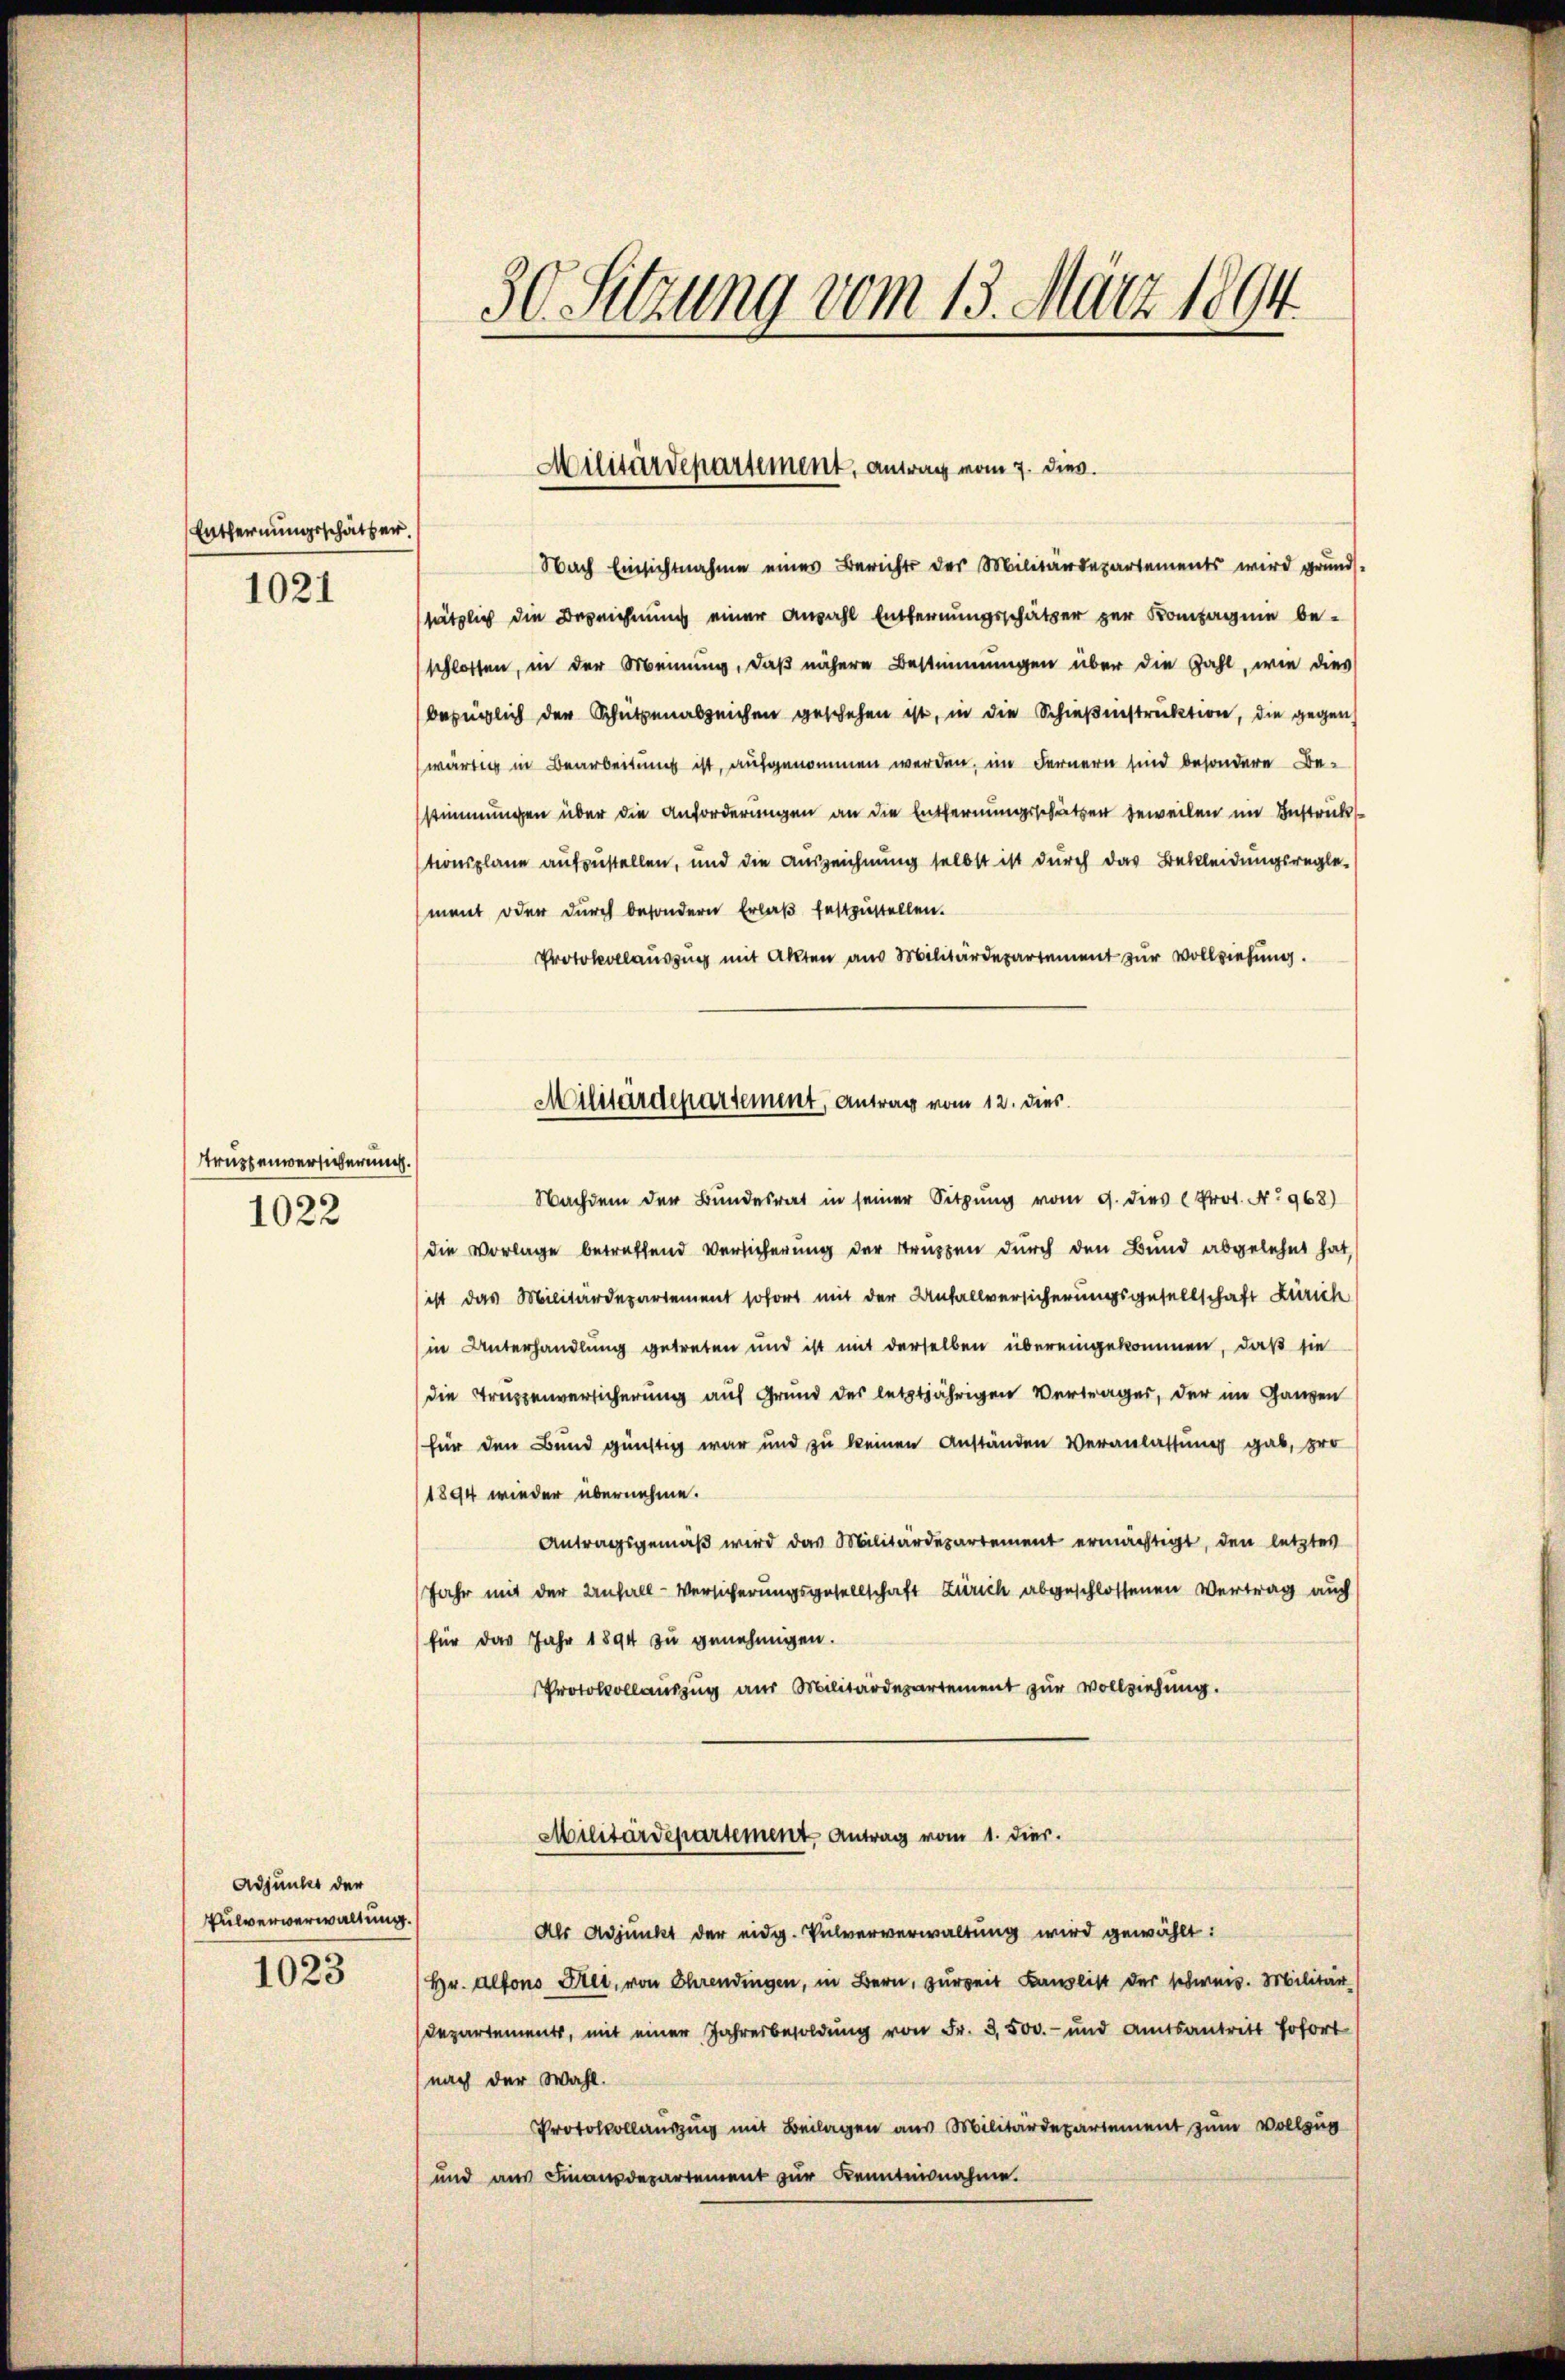
Entfernungsschätzer
1021

Truzzenversicherung.
1022

Adjunkt der
Pulververwaltung.

1023

30. Sitzung vom 13. März 1894.

Militärdepartement, antrag vom 7. dies.

Nach Einsichtnahme eines Berichts der Militärdepartements wird grunds-
sätzlich die Bezeichnung einer Anzahl Entfernungsschätzer zur Kompagnie be-
(schlossen, in der Meinung, daß nähere Bestimmungen über die Zahl, wie dies
bezüglich der Schützenabzeichen geschehen ist, in die Schießenstruktion, die gegen
wärtig in Bearbeitung ist, aufgenommen werden, im Fernern sind besondere Bestimmungen über die Anforderungen an die Entfernungsschätzen beweilen im Bestrick
tionsplane aufzustellen, und die Auszeichnung selbst ist durch das Bekleidungsregle-
ment oder durch besondern Erlaß festzustellen.
Protokollauszug mit Akten aus Militärdepartement zur Vollziehung.

Militärdepartement, Antrag vom 12. dies

Nachdem der Bundesrat in seiner Sitzung vom 9. dies Prot. No 968)
die Vorlage betreffend Versicherung der Truppen durch den Bund abgelehnt hat,
ist das Militärdepartement sofort mit der Anfallversicherungsgesellschaft Zürich
(in Unterhandlung getreten und ist mit derselben übereingekommen, daß sie
die Truppenversicherung auf Grund des letztjährigen Vertrages, der im Ganzen
für den Bund günstig war und zu keinen Anständen Veranlassung gab, pro
1894 wieder übernehme.
Antragsgemäß wird das Militärdepartement ermächtigt, den letztes
Jahr mit der Anfall-Versicherungsgesellschaft Zürich abgeschlossenen Vertrag auch
(für das Jahr 1894 zu genehmigen.
Protokollauszug aus Militärdepartement zur Vollziehung.
Militärdepartement Antrag vom 1. dies.

Als Adjunkt der eidg. Pulververwaltung wird gewählt:
(Hr. Alfons Stet, von Ehrendingen, in Bern, zureit Kanzlist der schweis. Militär-
Departements, mit einer Jahresbesoldung von Fr. 3,500.- und Amtsantritt sofort
nach der Wahl.
Protokollaŭszŭg mit Beilagen aus Militärdepartement zum Vollzug
und aus Finanzdepartement zŭr Kenntnisnahme.